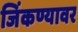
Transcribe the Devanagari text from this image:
जिंकण्यावर